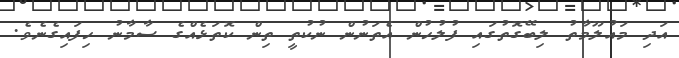
އަދި މައުލޫމާތު ލިބޭގޮތުގައި ފުލުހުން އެތަނުން ނުކުތީ ތިން ކޮތަޅެއްގެ ސާމާނު ހިފައިގެނެވެ.